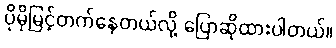
ပိုမိုမြင့်တက်နေတယ်လို့ ပြောဆိုထားပါတယ်။